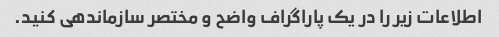
اطلاعات زیر را در یک پاراگراف واضح و مختصر سازماندهی کنید.